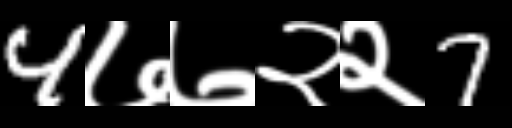
Text: 4७७२२7